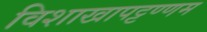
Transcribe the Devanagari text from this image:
विशाखापट्टण्णम